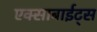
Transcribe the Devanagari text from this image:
एक्साबाईट्स